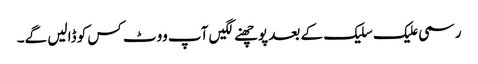
رسمی علیک سلیک کے بعد پوچھنے لگیں آپ ووٹ کس کو ڈالیں گے۔